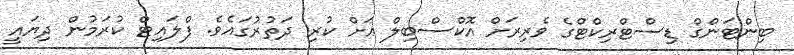
ބިންޓަންގް ޑިސްޓްރިކްޓްގެ ވެރިރަށް އޮކްސްބިލް އަށް ކުރި ދަތުރުގައެވެ. ފްލައިޓް ކުރަމުން ދިޔައީ